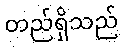
တည်ရှိသည်